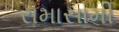
રામાસામી